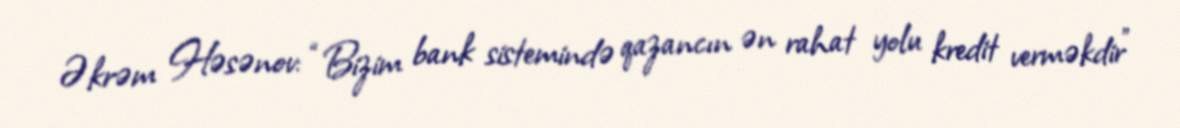
Əkrəm Həsənov: “Bizim bank sistemində qazancın ən rahat yolu kredit verməkdir”